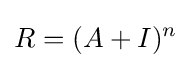
R=(A+I)^{n}